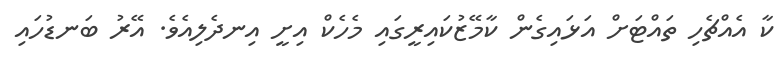
ކާ އެއްޗެހި ތައްޓަށް އަޅައިގެން ކާމޭޒުކައިރީގައި މެހެކް އިށީ އިނދެލިއެވެ. އޭރު ބަނޑުހައި